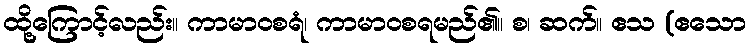
ထို့ကြောင့်လည်း။ ကာမာဝစရံ၊ ကာမာဝစရမည်၏။ စ၊ ဆက်။ ဧသ (ဧသော